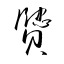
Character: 贒